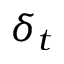
\delta _ { t }